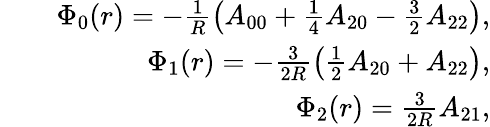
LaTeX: \begin{array}{rlr}&{}&{\Phi_{0}(r)=-\frac{1}{R}\left(A_{00}+\frac{1}{4}A_{20}-\frac{3}{2}A_{22}\right),}\\ &{}&{\Phi_{1}(r)=-\frac{3}{2R}\left(\frac{1}{2}A_{20}+A_{22}\right),}\\ &{}&{\Phi_{2}(r)=\frac{3}{2R}A_{21},}\end{array}